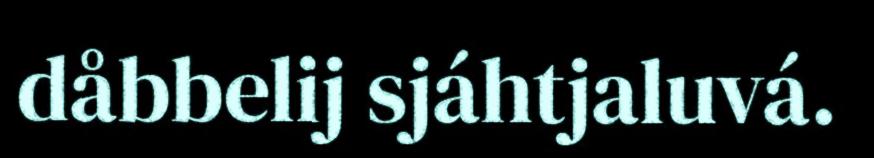
dåbbelij sjáhtjaluvá.